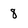
Character: 8